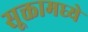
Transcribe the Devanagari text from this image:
सूक्तामध्ये